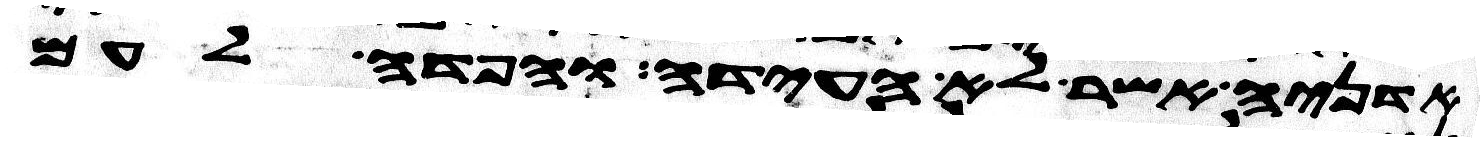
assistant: אדניה אשר לא העידה והפדה לעם